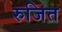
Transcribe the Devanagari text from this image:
रुजित